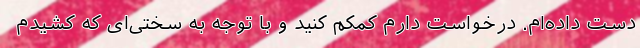
دست داده‌ام. درخواست دارم کمکم کنید و با توجه به سختی‌ای که کشیدم